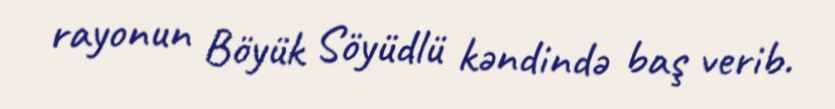
rayonun Böyük Söyüdlü kəndində baş verib.